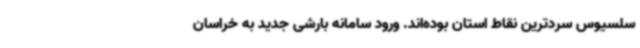
سلسیوس سردترین نقاط استان بوده‌اند. ورود سامانه بارشی جدید به خراسان